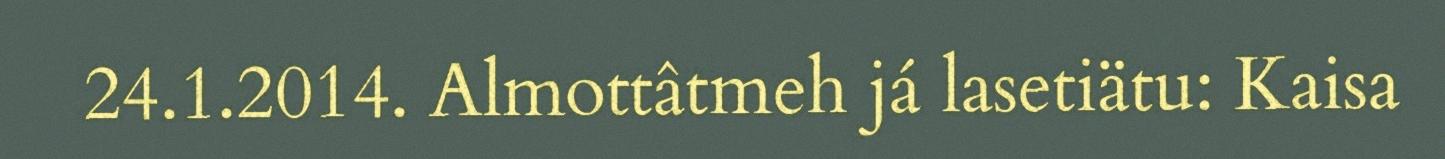
24.1.2014. Almottâtmeh já lasetiätu: Kaisa